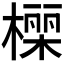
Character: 𭫾